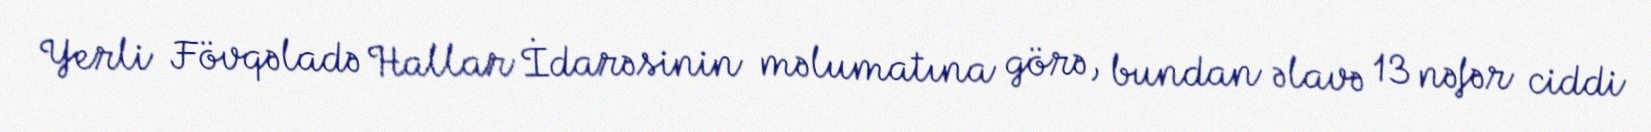
Yerli Fövqəladə Hallar İdarəsinin məlumatına görə, bundan əlavə 13 nəfər ciddi